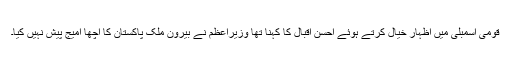
قومی اسمبلی میں اظہار خیال کرتے ہوئے احسن اقبال کا کہنا تھا وزیراعظم نے بیرون ملک پاکستان کا اچھا امیج پیش نہیں کیا۔